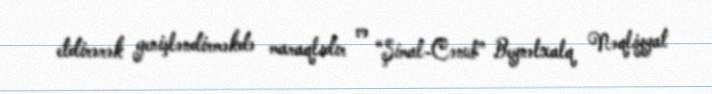
etdirərək genişləndirməkdə maraqlıdır və “Şimal-Cənub” Beynəlxalq Nəqliyyat